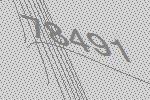
78491